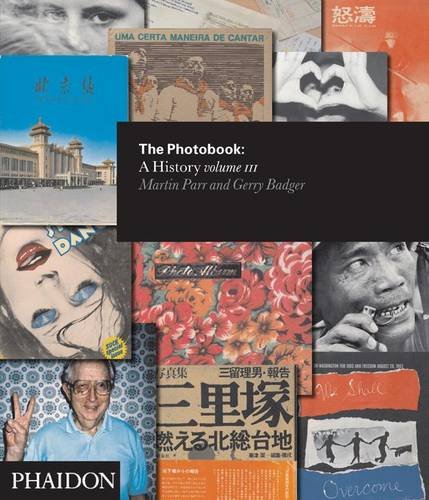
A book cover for The Photobook: A History Volume III; Martin Parr; Arts & Photography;